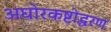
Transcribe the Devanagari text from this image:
अघोरकष्टोद्धरण